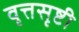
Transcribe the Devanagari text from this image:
वृत्तसृष्टी